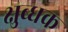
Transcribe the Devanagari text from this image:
क्षुब्धक